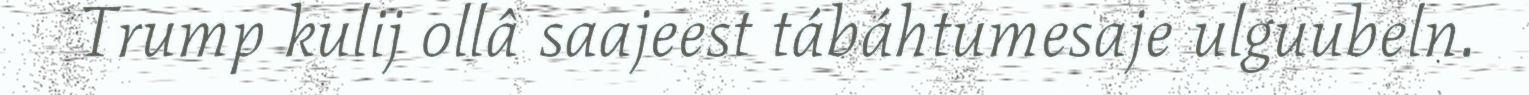
Trump kulij ollâ saajeest tábáhtumesaje ulguubeln.